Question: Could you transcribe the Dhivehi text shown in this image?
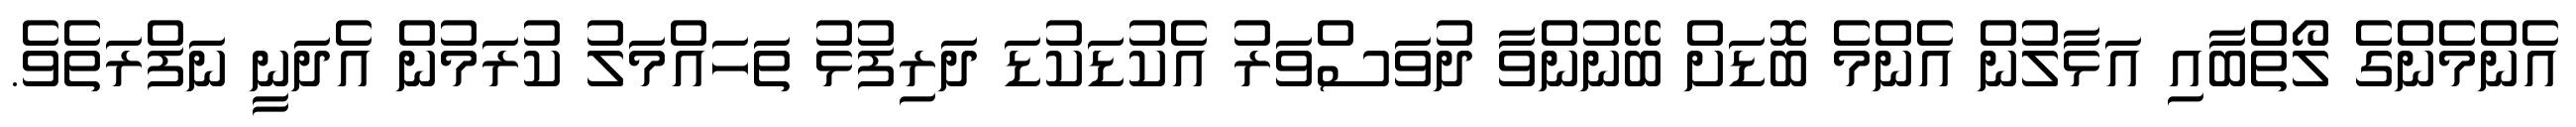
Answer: އެންމެންގެ ލޯތްބާއި އަޅާލުން އެންމެ ބޮޑަށް ބޭނުންވާ ދުވަސްވަރު އެކުޑަކުޑަ ދަރިފުޅު ތަހައްމަލު ކުރަމުން އެދަނީ ނަފްރަތެވެ.